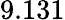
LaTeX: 9.131